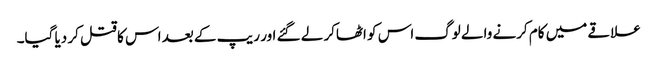
علاقے میں کام کرنے والے لوگ اس کو اٹھاکر لے گئے اور ریپ کے بعد اس کا قتل کر دیا گیا۔